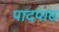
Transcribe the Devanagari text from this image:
पादपाठ